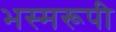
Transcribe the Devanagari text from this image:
भस्मरूपी